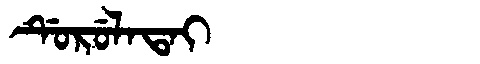
Manchu: ᡩᡠᡵᡠᠯᠠᡨᠠᡳ
Romanization: DURULATAI